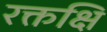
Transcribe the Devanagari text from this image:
रक्तक्षि